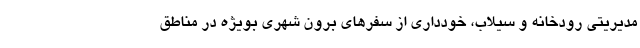
مدیریتی رودخانه و سیلاب، خودداری از سفر‌های برون شهری بویژه در مناطق